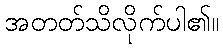
အတတ်သိလိုက်ပါ၏။